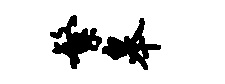
繁皋